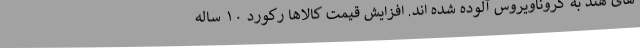
های هند به کروناویروس آلوده شده اند. افزایش قیمت کالاها رکورد ۱۰ ساله